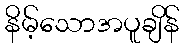
နိမ့်သောအပူချိန်